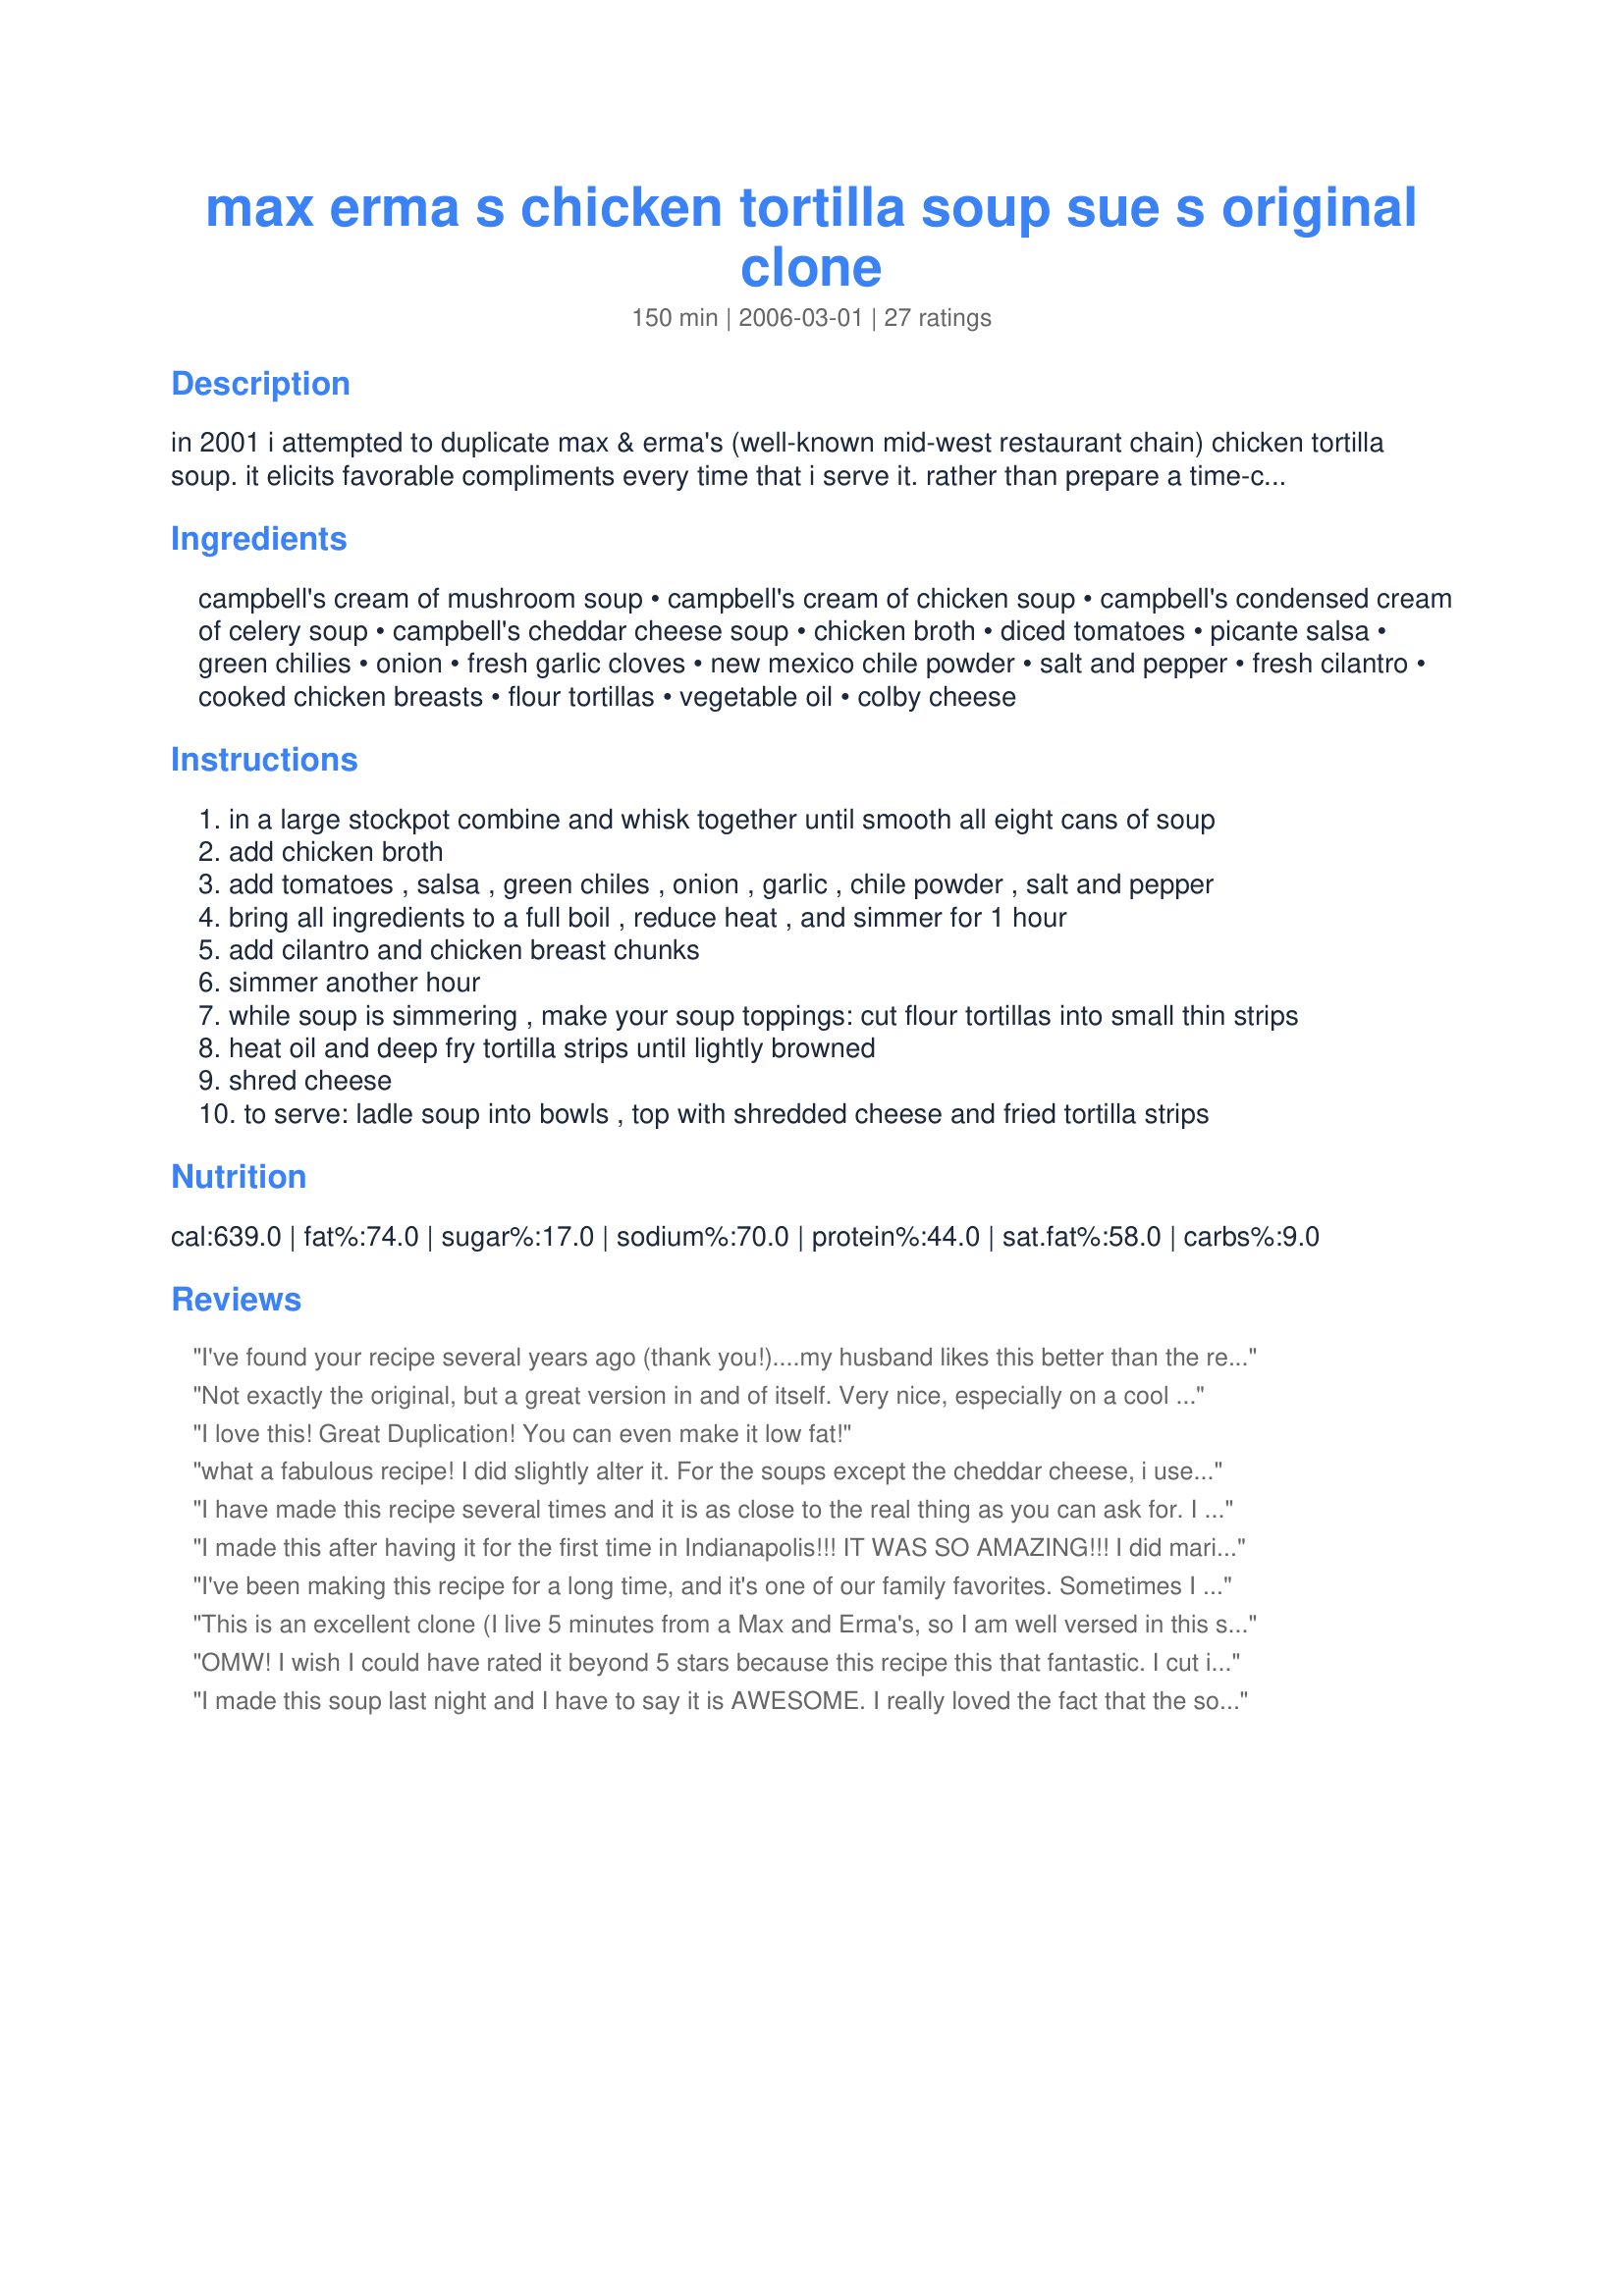
max erma s chicken tortilla soup sue s original clone
Preparation time: 150 minutes

in 2001 i attempted to duplicate max & erma's (well-known mid-west restaurant chain) chicken tortilla soup. it elicits favorable compliments every time that i serve it. rather than prepare a time-consuming cream/milk base, i chose to use condensed soups. with the addition of the other ingredients, the end result is a tasty, spicy, flavorful southwestern soup.

Ingredients:
campbell's cream of mushroom soup, campbell's cream of chicken soup, campbell's condensed cream of celery soup, campbell's cheddar cheese soup, chicken broth, diced tomatoes, picante salsa, green chilies, onion, fresh garlic cloves, new mexico chile powder, salt and pepper, fresh cilantro, cooked chicken breasts, flour tortillas, vegetable oil, colby cheese

Steps:
in a large stockpot combine and whisk together until smooth all eight cans of soup
add chicken broth
add tomatoes , salsa , green chiles , onion , garlic , chile powder , salt and pepper
bring all ingredients to a full boil , reduce heat , and simmer for 1 hour
add cilantro and chicken breast chunks
simmer another hour
while soup is simmering , make your soup toppings: cut flour tortillas into small thin strips
heat oil and deep fry tortilla strips until lightly browned
shred cheese
to serve: ladle soup into bowls , top with shredded cheese and fried tortilla strips

Reviews:
I've found your recipe several years ago (thank you!)....my husband likes this better than the restaurant's. To streamline things, I add a whole jar of garlicky salsa and omit the can of diced tomatoes, garlic and onion. For the tortilla strips, I tried frying them in a little oil, but I've gone to cutting them, tossing them with a little cooking spray, and placing them on a cookie sheet in the oven, stirring now and then until lightly browned. We like this because we can easily half the recipe.
Not exactly the original, but a great version in and of itself. Very nice, especially on a cool night, and quite easy. I have prepared this a couple of times, and both times I used the Crockpot and just let it all come together over a few hours on high heat - I'm sure it'd work just as well a little longer on the low setting, but haven't tried it that way. A good easy meal.
I love this! Great Duplication! You can even make it low fat!
what a fabulous recipe! I did slightly alter it. For the soups except the cheddar cheese, i used lower sodium & 98% fat free soups. And, i also found that 1 tsp of red chili powder was not nearly enough. I don't like "burn my mouth off" hot, But i probably used closer to 1/8th cup. I found the flavor was closer to Max & Erma's and it also helped with the taste a bit better from the lower fat soups. But bravo to Sue!!
I have made this recipe several times and it is as close to the real thing as you can ask for. I usually order some fresh tortilla strips to put on top of the soup from a restaurant, it is easier and tastes better! Chili's usually will sell me a huge freshly made bag of them for around $4.00.
I made this after having it for the first time in Indianapolis!!! IT WAS SO AMAZING!!! I did marinate my chicken in taco seasoning to bake it, and I used corn tortillas instead of flour... Thank you so much for the recipe...soups are the very best thing during these cold weather months!
I've been making this recipe for a long time, and it's one of our family favorites. Sometimes I use the stovetop method, but this is also a really great recipe to prepare in the Crock Pot. I use raw diced chicken breasts instead of cooked, and just dump everything into the Crock Pot and give it a good stir. Then I set it to Low for about 8-10 hours (I use dried cilantro, but if using fresh, you'd want to add it toward the end of cooking). Very nice to come home to an already-prepared meal, especially one as yummy as this!
This is an excellent clone (I live 5 minutes from a Max and Erma's, so I am well versed in this soup). 
It was a little salty for my tastes, so next time I will probably omit the cream of mushroom, and double up on the cream of chicken soup.
OMW! I wish I could have rated it beyond 5 stars because this recipe this that fantastic. I cut it in half because I wasn&#039;t sure if everyone in my family would like it and even my daughter (who&#039;s extremely picky) loved it. I added a pinch of cayenne pepper in error (I was working on two recipes at the same time) but it didn&#039;t alter the flavor. Then, with some of the tortilla strips that I had left over, I deep fried them and rolled them in granulated sugar, cinnamon and brown sugar! Then my husband topped them with honey and chocolate syrup. :)
I made this soup last night and I have to say it is AWESOME. I really loved the fact that the soup had to simmer, because I did not have the proper pot and the soup was all the way at the top of my pot :). All the ingredients are a perfect blend and the result is a tasty, warm, filling soup. The only difference I made was that I did not fry the tortillas, I just broke them into pieces and added it to my individual bowl of soup, tastes really good this way. KUDOS to Sue for this recipe.
Hi Sue! Thank you so much for coming up with the perfect cloned recipe. I have made it twice now and my fiance and I LOVE IT!
Sue, you're awesome! This soup is perfect. It tastes amazing and it's fun to make. The delight on the faces of your guests makes it even better! Than you!
We LOVE this soup and it is soooo easy!! I substituted low fat soups for the originals and low fat Velveeta for the cheese soup. I used chicken bouillon instead of broth and sprayed the tortilla strips with cooking spray and pan fried them lightly. I've never made it the "full fat" way, but my low fat version is wonderful!!
excellent!
I made this as directed and it turned out very well. The one thing that bothered me was that it is so high in sodium with the condensed soups. I will try with low-sodium soups next time. Still, a yummy variation on this classic!
Very good! I left out the chile powder and used diced tomatoes with chiles. I also used dried cilantro instead of fresh. Still turned out great and tasted similar or if not the same as Max and Erma's. I cooked in the crockpot for approx 9 hours on low. Be careful, it filled my crockpot to the top! I used a dab of light sour cream to top off the soup. Husband really enjoyed as well.
Excellent recipe....I've been making this one for about 7 years now. I've tried other recipes but this is the one we always return to.

Thanks Sue for your recipe!!
My son loves Max & Erma's version of this soup! After making this he told me mine tasted better! Very easy to make, all though it does take some time. I used the fat free soups to help cut some of the calories. I also cut corn tortillas into thin strips and pan fried them in oil. Also froze the leftovers!
I love this soup! I have made it for several groups of people, and they all love it.
My family loves this soup. Awesome job. My husband especially loves the fried tortilla chips
This recipe is a solid 5 stars!!!!I followed the directions pretty much except for the can of diced tomatoes I used diced tomatoes with green chiles, I think the brand name is "Hatch", its very similar to Rotel, and I used the whole can even though I halved the recipe. I also used a whole can of diced green chiles,7oz. Ortega diced and I was lucky enough to find the "new mexico chile powder" at my local vons market. This turned out great. I also sprinkled more new mexico chile powder on my tortilla strips immediately after removing them from the frying oil. Excellent soup!!!!!!!!!!!!
I thought this recipe was GREAT! I can't exactly remember what Max and Erma's tastes like, but either way, this soup was so good! Some things I did differently...<br/><br/>1) Used Picante's hot salsa<br/>2) Left out the cilantro<br/>3) Used regular chili powder<br/>4) Instead of using a can of diced tomatoes and a can of green chilies, I used Rotel's 'mild diced tomatoes with green chilies'<br/>5) I bought pre-made tortilla strips
Sorry, but this isn't Max and Erma's. I ate there 2 days before making this, and althought this was good, it wasn't the same. Will try a new tortilla soup recipe because this was hard to get excited about after opening all of the cream of ____ soups.
Did not enjoy this recipe at all. I personally thought it left a horrible after taste in your mouth... and it didn't taste anything like Max & Erma's chicken tortilla soup. I will not be making this again. I also didn't think it was spicy at all.
yum yum YUM! Soup is an exact clone!! Yes it is VERY delicious but a bit fattening. So I altered it a bit - <br/><br/>Fat free soups (cream of chicken, mushroom and celery)<br/>I skipped the chicken broth and used water / extra salsa<br/>Totally skipped the fried tortillas :( <br/><br/>My substitutions made it a bit lighter and less guilty but her original clone is really the best soup I've ever made!
The best copy cat recipe I've ever used! I make this for new parents and others that may need a meal prepared for them. It makes enough to freeze AND eat it for a couple of days. A great dinner served with a salad. DELICIOUS!
Considering the fact that there are no mushrooms in Max &amp; Erma's tortilla soup, I don't think I'll try this recipe.
